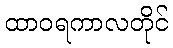
ထာဝရကာလတိုင်